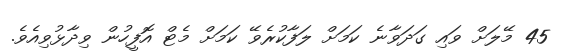
45 މޭލަށް ވައި ގަދަވާނެ ކަމަށް ލަފާކުރެވޭ ކަމަށް މެޓް އޮފީހުން ވިދާޅުވިއެވެ.